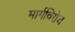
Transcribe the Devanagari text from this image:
मार्गविरोध